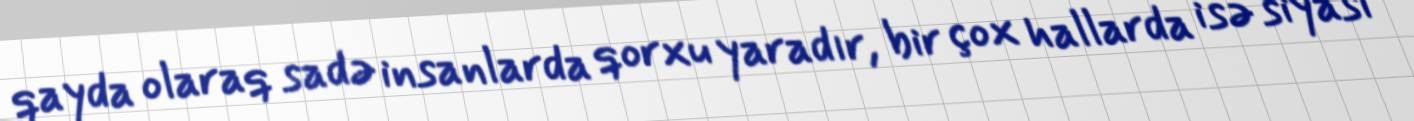
qayda olaraq sadə insanlarda qorxu yaradır, bir çox hallarda isə siyasi